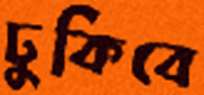
ঢুকিবে